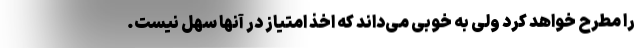
را مطرح خواهد کرد ولی به خوبی می‌داند که اخذِ امتیاز در آنها سهل نیست.